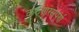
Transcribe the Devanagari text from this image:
करुणरसपूर्ण